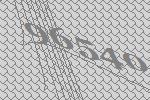
96540